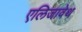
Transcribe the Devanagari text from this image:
एलिजावेथ